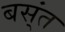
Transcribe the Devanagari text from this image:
बस्ंत